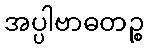
အပ္ပါဗာဓတဉ္စ